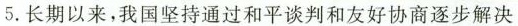
5. 长期以来，我国坚持通过和平谈判和友好协商逐步解决